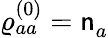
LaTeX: {\varrho_{aa}^{(0)}=\mathsf{n}_{a}^{\ }}